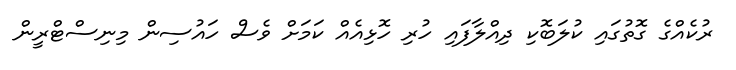
ރުކެއްގެ ގޮތުގައި ކުލަބޮކި ދިއްލާފައި ހުރި ހޮޅިއެއް ކަމަށް ވެސް ހައުސިން މިނިސްޓްރީން